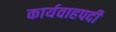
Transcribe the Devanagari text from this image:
कार्यवाहपदी